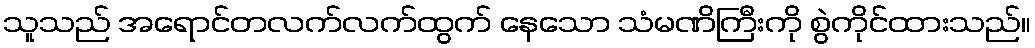
သူသည် အရောင်တလက်လက်ထွက် နေသော သံမဏိကြီးကို စွဲကိုင်ထားသည်။